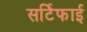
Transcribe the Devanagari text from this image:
सर्टिफाई